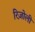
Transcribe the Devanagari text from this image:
रिज़ोली